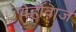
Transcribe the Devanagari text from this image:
येहोवाज